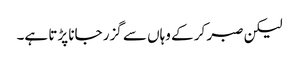
لیکن صبر کر کے وہاں سے گزر جانا پڑتا ہے۔